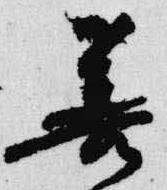
善